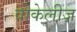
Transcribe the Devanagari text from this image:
वोकेलीज़